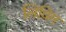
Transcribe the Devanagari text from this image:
लिविग